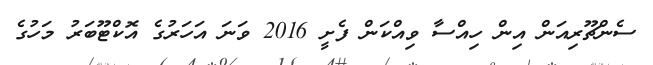
ސެންޗޫރިއަން އިން ހިއްސާ ވިއްކަން ފެށީ 2016 ވަނަ އަހަރުގެ އޮކްޓޫބަރު މަހުގެ